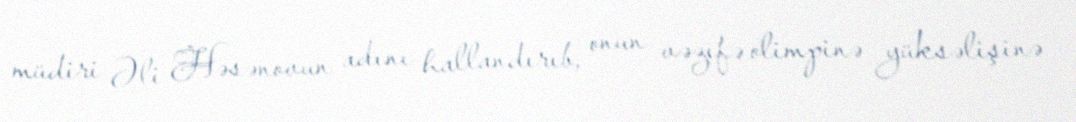
müdiri Əli Həsənovun adını hallandırıb, onun vəzifə olimpinə yüksəlişinə